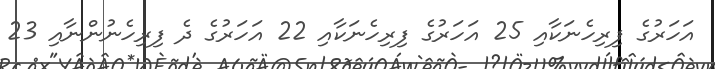
އަހަރުގެ ފިރިހެނަކާއި 25 އަހަރުގެ ފިރިހެނަކާއި 22 އަހަރުގެ ދެ ފިރިހެނުންނާއި 23